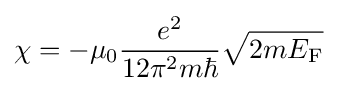
\chi =-\mu _{0}{\frac {e^{2}}{12\pi ^{2}m\hbar }}{\sqrt {2mE_{\rm {F}}}}